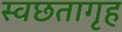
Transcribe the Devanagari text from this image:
स्वछतागृह